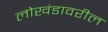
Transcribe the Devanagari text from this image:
लोखंडावरील